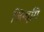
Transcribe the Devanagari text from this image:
जिन्दगि